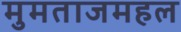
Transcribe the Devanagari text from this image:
मुमताजमहल